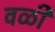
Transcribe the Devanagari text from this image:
वळी